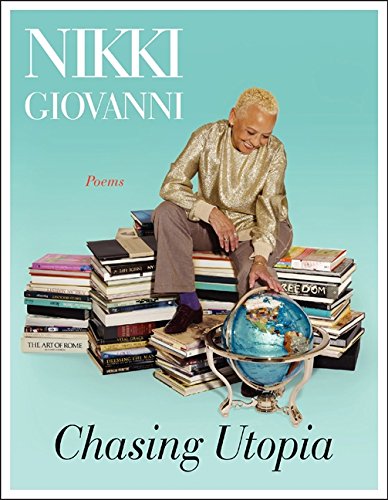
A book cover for Chasing Utopia: A Hybrid; Nikki Giovanni; Literature & Fiction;